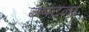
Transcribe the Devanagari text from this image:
उपटता